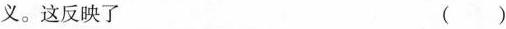
义。这反映了 ( )